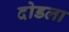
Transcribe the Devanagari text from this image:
दोडला